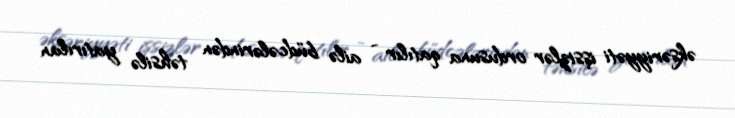
əksəriyyəti işsizlər ordusuna qatılır - ailə büdcələrindən təhsilə yatırılan